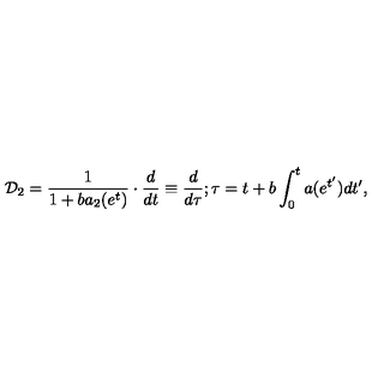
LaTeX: { \cal D } _ { 2 } = \frac { 1 } { 1 + b a _ { 2 } ( e ^ { t } ) } \cdot \frac { d } { d t } \equiv \frac { d } { d \tau } ; \tau = t + b \int _ { 0 } ^ { t } a ( e ^ { t ^ { \prime } } ) d t ^ { \prime } ,